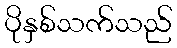
ပိုနှစ်သက်သည်